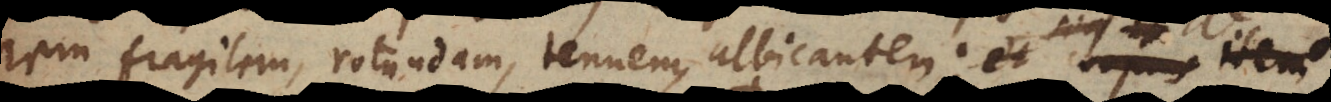
rem fragilem, rotundam, tenuem, albicantem; et corpus item